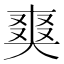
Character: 𭑘